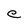
Character: C